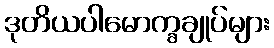
ဒုတိယပါမောက္ခချုပ်များ